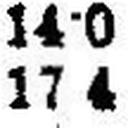
17·4